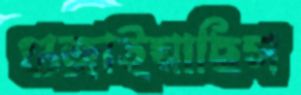
গুজ্‌রাইয়াছিস